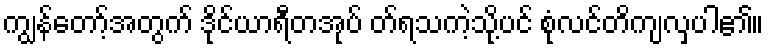
ကျွန်တော့်အတွက် ဒိုင်ယာရီတအုပ် တ်ရသကဲ့သို့ပင် စုံလင်တိကျလှပါ၏။